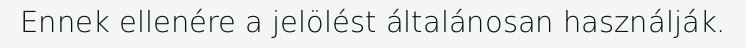
Ennek ellenére a jelölést általánosan használják.